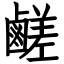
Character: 鹺